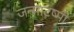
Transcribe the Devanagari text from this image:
जन्माटष्मी